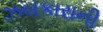
ઝબકારાની